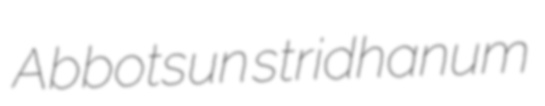
Abbotsun stridhanum